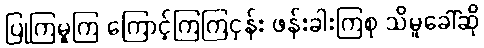
ပြုကြမူကြ ကြောင့်ကြကြငှန်း ဖန်းခါးကြစု သိမှုခေါ်ဆို